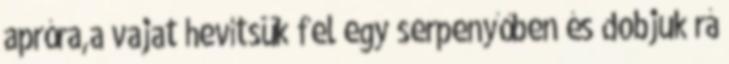
apróra,a vajat hevítsük fel egy serpenyőben és dobjuk rá